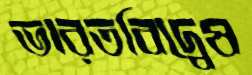
ভারতবিদ্বেষ